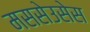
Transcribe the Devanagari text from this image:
मससेउसेस